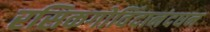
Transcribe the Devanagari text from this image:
रसिकगोविंदानंदघन